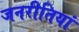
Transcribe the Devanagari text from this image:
जनरीतियां